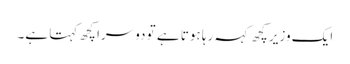
ایک وزیر کچھ کہہ رہا ہوتا ہے تو دوسرا کچھ کہتا ہے۔